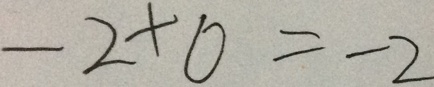
- 2 + 0 = - 2